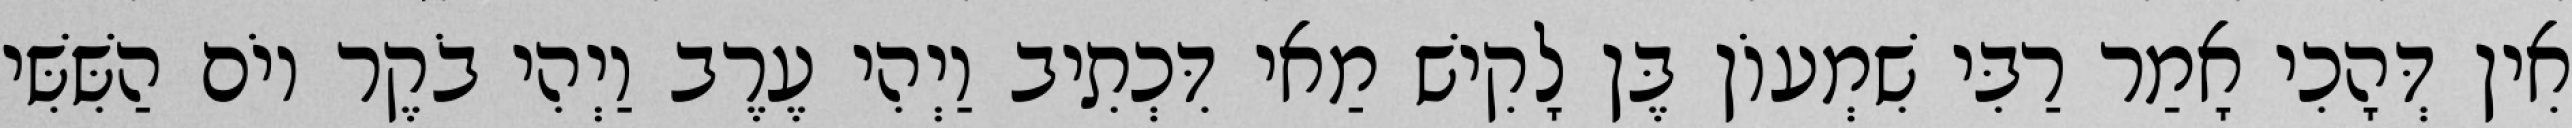
אִין דְּהָכִי אָמַר רַבִּי שִׁמְעוֹן בֶּן לָקִישׁ מַאי דִּכְתִיב וַיְהִי עֶרֶב וַיְהִי בֹקֶר יוֹם הַשִּׁשִּׁי